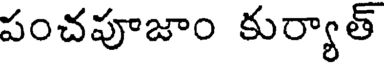
పంచపూజాం కుర్యాత్